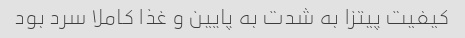
کیفیت پیتزا به شدت به پایین و غذا کاملا سرد بود